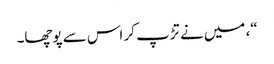
“، میں نے تڑپ کر اس سے پوچھا۔